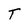
Character: T